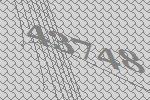
43748